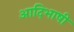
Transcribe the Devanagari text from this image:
आदिभाषी